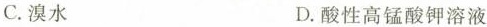
C.溴水 D.酸性高锰酸钾溶液